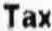
TAX